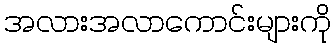
အလားအလာကောင်းများကို